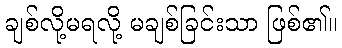
ချစ်လို့မရလို့ မချစ်ခြင်းသာ ဖြစ်၏။